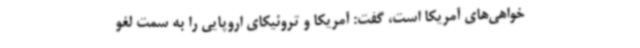
خواهی‌های آمریکا است، گفت: آمریکا و تروئیکای اروپایی را به سمت لغو